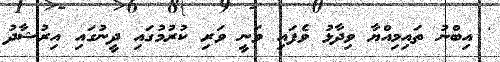
' އިބްނު ތައިމިއްޔާ ވިދާޅު ވެފައި ވަނީ ވަރި ކުރުމުގައި ދީނުގައި އިރުޝާދު